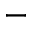
^ { - }